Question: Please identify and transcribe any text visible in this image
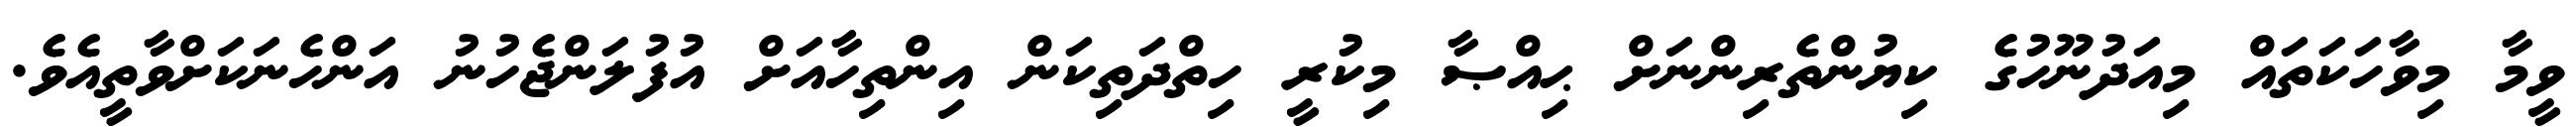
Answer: ވީމާ މިވާހަކަތައް މިއަދުނޫހުގެ ކިޔުންތެރިންނަށް ޙިއްޞާ މިކުރީ ހިތްދަތިކަން އިންތިހާއަށް އުފުލަންޖެހުނު އަންހެނަކަށްވާތީއެވެ.